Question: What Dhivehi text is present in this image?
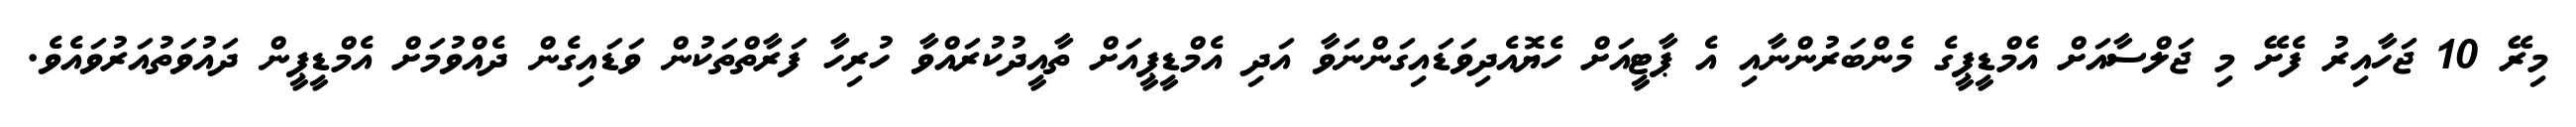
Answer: މިރޭ 10 ޖަހާއިރު ފެށޭ މި ޖަލްސާއަށް އެމްޑީޕީގެ މެންބަރުންނާއި އެ ޕާޓީއަށް ހެޔޮއެދިވަޑައިގަންނަވާ އަދި އެމްޑީޕީއަށް ތާއީދުކުރައްވާ ހުރިހާ ފަރާތްތަކުން ވަޑައިގެން ދެއްވުމަށް އެމްޑީޕީން ދައުވަތުއަރުވައެވެ.